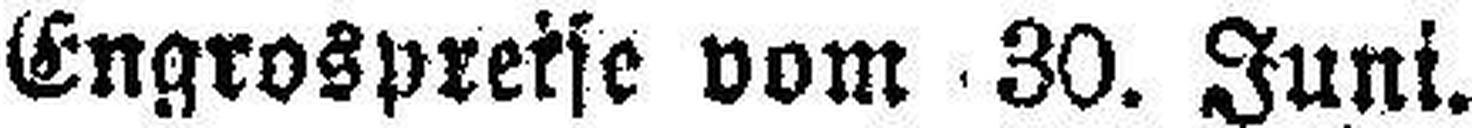
Engrospreise vom 30. Juni.